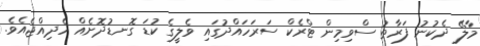
މާލޭ ދެކުނު ފަރާތު ސްވިމިން ޓްރެކް ސަރަހައްދުގައި ވެލީގެ ކުޑަ ގޮނޑުދޮށެއް ހެދިއްޖެއެވެ.